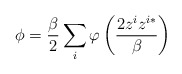
\begin{align*}\phi =\frac{\beta}{2}\sum\limits_{i}^{}\varphi \left( \frac{2z^iz^{i*}}{\beta}\right)\end{align*}